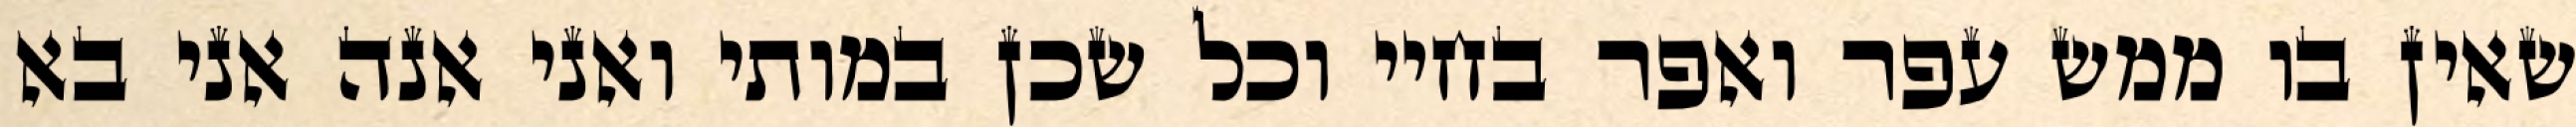
שאין בו ממש עפר ואפר בחיי וכל שכן במותי ואני אנה אני בא